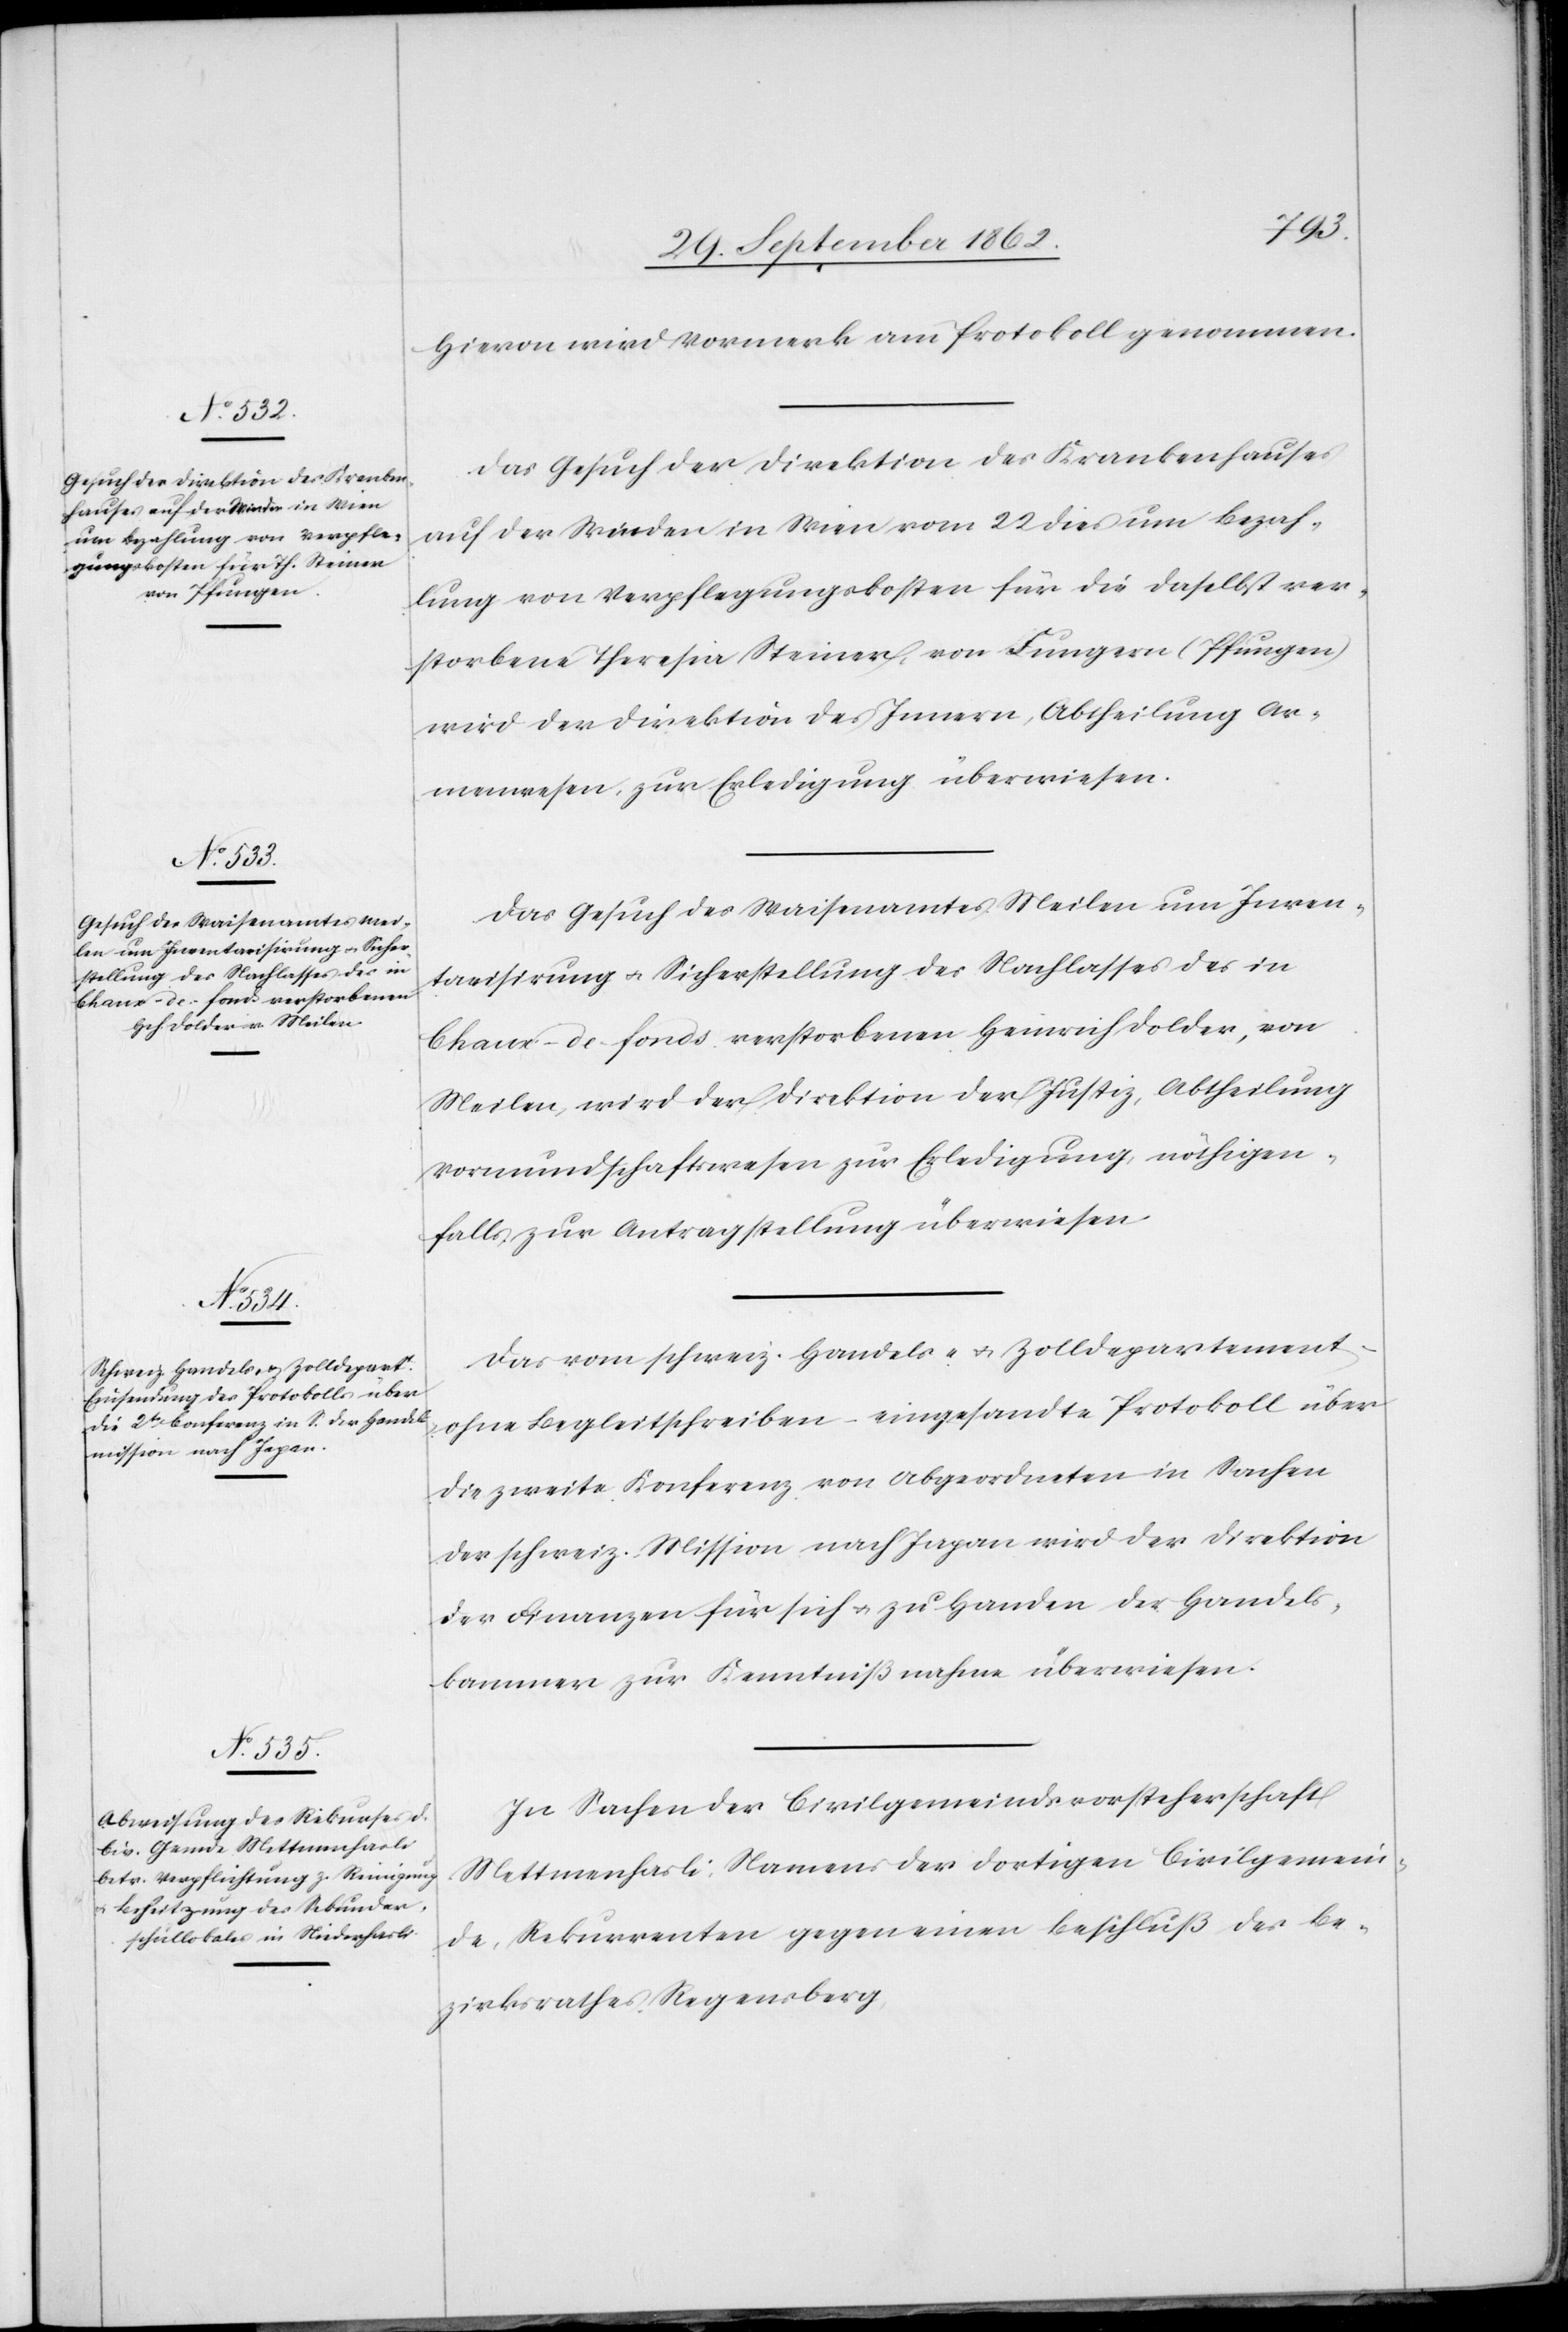
Hievon wird Vormerk am Protokoll genommen.
Das Gesuch der Direktion des Krankenhauses
auf der Winden in Wien vom 22. dies um Bezah¬
lung von Verpflegungskosten für die daselbst ver¬
storbene Theresia Steiner, von Lungern (Pfungen)
wird der Direktion des Innern, Abtheilung Ar¬
menwesen, zur Erledigung überwiesen.
Das Gesuch des Waisenamtes Meilen um Inven¬
tarisirung u. Sicherstellung des Nachlasses des in
Chaux-de-fonds verstorbenen Heinrich Dolder, von
Meilen, wird der Direktion der Justiz, Abtheilung
Vormundschaftswesen zur Erledigugn, nöthigen¬
falls zur Antragstellung überwiesen.
Das vom schweiz. Handels- u. Zolldepartement
ohne Begleitschreiben – eingesandte Protokoll über
die zweite Konferenz von Abgeordneten in Sachen
der schweiz. Mission nach Japan wird der Direktion
der Finanzen für sich u. zu Handen der Handels¬
kammer zur Kenntnißnahme überwiesen.
In Sachen der Civilgemeindsvorsteherschaft
Mettmenhasli, Namens der dortigen Civilgemein¬
de, Rekurrenten gegen einen Beschluß des Be¬
zirksrathes Regensberg,